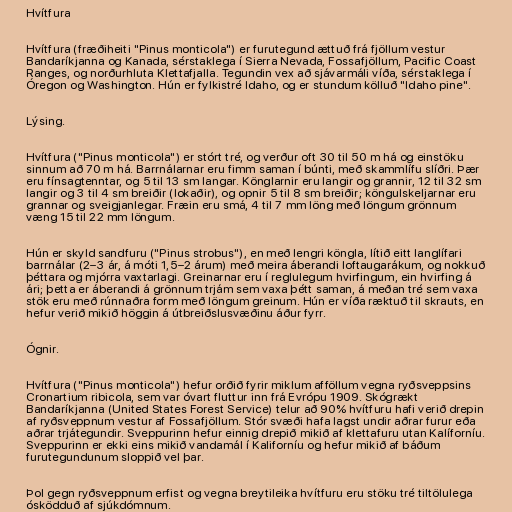
Hvítfura

Hvítfura (fræðiheiti "Pinus monticola") er furutegund ættuð frá fjöllum vestur
Bandaríkjanna og Kanada, sérstaklega í Sierra Nevada, Fossafjöllum, Pacific Coast
Ranges, og norðurhluta Klettafjalla. Tegundin vex að sjávarmáli víða, sérstaklega í
Óregon og Washington. Hún er fylkistré Idaho, og er stundum kölluð "Idaho pine".

Lýsing.

Hvítfura ("Pinus monticola") er stórt tré, og verður oft 30 til 50 m há og einstöku
sinnum að 70 m há. Barrnálarnar eru fimm saman í búnti, með skammlífu slíðri. Þær
eru fínsagtenntar, og 5 til 13 sm langar. Könglarnir eru langir og grannir, 12 til 32 sm
langir og 3 til 4 sm breiðir (lokaðir), og opnir 5 til 8 sm breiðir; köngulskeljarnar eru
grannar og sveigjanlegar. Fræin eru smá, 4 til 7 mm löng með löngum grönnum
væng 15 til 22 mm löngum.

Hún er skyld sandfuru ("Pinus strobus"), en með lengri köngla, lítið eitt langlífari
barrnálar (2–3 ár, á móti 1,5–2 árum) með meira áberandi loftaugarákum, og nokkuð
þéttara og mjórra vaxtarlagi. Greinarnar eru í reglulegum hvirfingum, ein hvirfing á
ári; þetta er áberandi á grönnum trjám sem vaxa þétt saman, á meðan tré sem vaxa
stök eru með rúnnaðra form með löngum greinum. Hún er víða ræktuð til skrauts, en
hefur verið mikið höggin á útbreiðslusvæðinu áður fyrr.

Ógnir.

Hvítfura ("Pinus monticola") hefur orðið fyrir miklum afföllum vegna ryðsveppsins
Cronartium ribicola, sem var óvart fluttur inn frá Evrópu 1909. Skógrækt
Bandaríkjanna (United States Forest Service) telur að 90% hvítfuru hafi verið drepin
af ryðsveppnum vestur af Fossafjöllum. Stór svæði hafa lagst undir aðrar furur eða
aðrar trjátegundir. Sveppurinn hefur einnig drepið mikið af klettafuru utan Kalíforníu.
Sveppurinn er ekki eins mikið vandamál í Kaliforníu og hefur mikið af báðum
furutegundunum sloppið vel þar.

Þol gegn ryðsveppnum erfist og vegna breytileika hvítfuru eru stöku tré tiltölulega
ósködduð af sjúkdómnum.